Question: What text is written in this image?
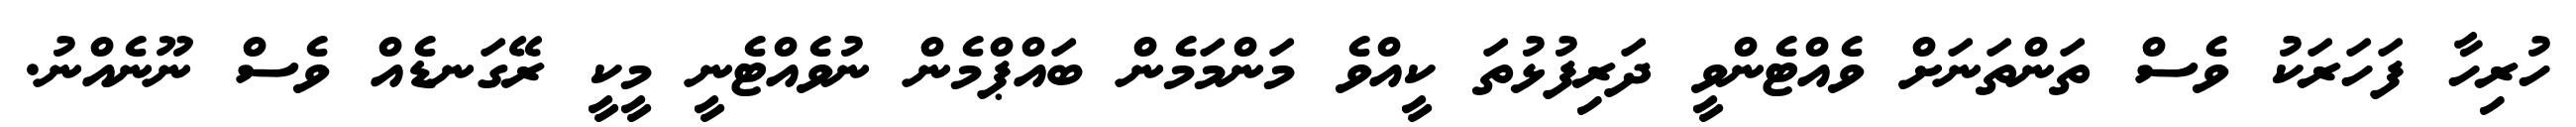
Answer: ހުރިހާ ފަހަރަކު ވެސް ތަންތަނަށް ވެއްޓެންވީ ދަރިފުޅުތަ ކީއްވެ މަންމަމެން ބައްޕްމެން ނުވެއްޓެނީ މީކީ ރޭގަނޑެއް ވެސް ނޫނެއްނު.